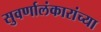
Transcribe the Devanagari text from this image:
सुवर्णालंकारांच्या